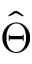
\hat { \Theta }